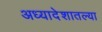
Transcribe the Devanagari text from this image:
अध्यादेशातल्या